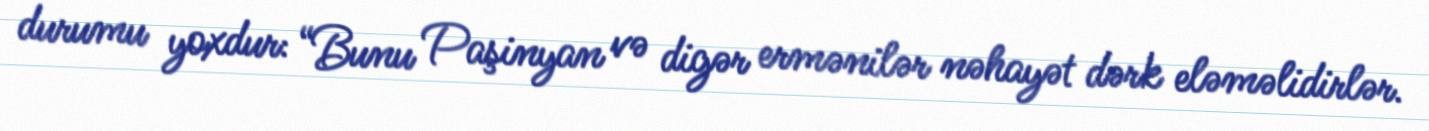
durumu yoxdur: “Bunu Paşinyan və digər ermənilər nəhayət dərk eləməlidirlər.